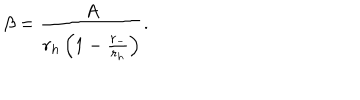
\beta = { \frac { A } { r _ { h } \left( 1 - { \frac { r _ { - } } { r _ { h } } } \right) } } .